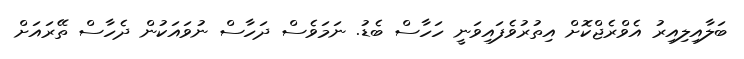
ބަލާއިލިއިރު އެވްރެޖްކޮށް އިތުރުވެފައިވަނީ ހަހާސް ބެޑު. ނަމަވެސް ދަހާސް ނުވައަކުން ދެހާސް ތޭރައަށް